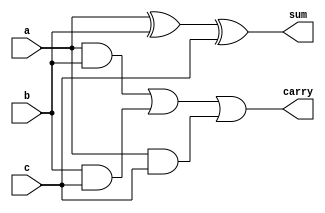
//full adder
module full_adder(a,b,c,sum,carry);

  input a,b,c;
  output sum,carry;

  assign sum = a^b^c;
  assign carry = a & b | b & c | a & c;

endmodule